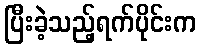
ပြီးခဲ့သည့်ရက်ပိုင်းက